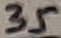
Text: 35